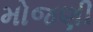
મોજણી